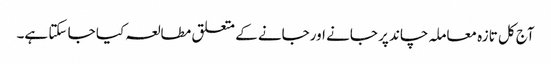
آج کل تازہ معاملہ چاند پر جانے اورجانے کے متعلق مطالعہ کیا جا سکتا ہے۔